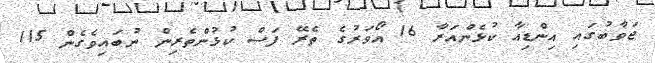
ޖަވާބުގައި އިންޑިއާ ކުޅެންއަރާ 16 އޯވަރުގެ ތެރޭ ފަސް ކުޅުންތެރިން ނުބައިވެގެން 115